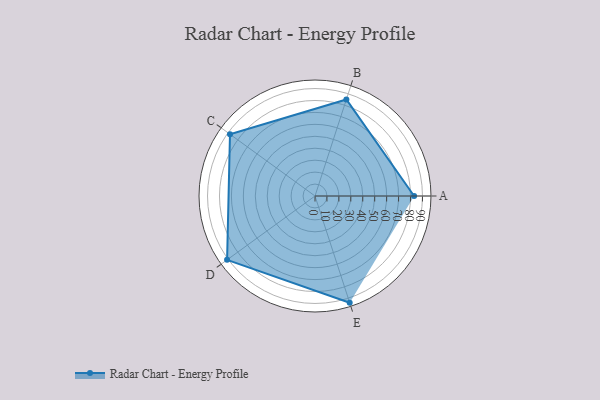
{"axis": {"x": "Skill", "y": "Score"}, "legend": ["Profile"], "data": [{"x": "A", "y": 83.0, "type": "Profile"}, {"x": "B", "y": 85.0, "type": "Profile"}, {"x": "C", "y": 88.0, "type": "Profile"}, {"x": "D", "y": 91.0, "type": "Profile"}, {"x": "E", "y": 94.0, "type": "Profile"}]}